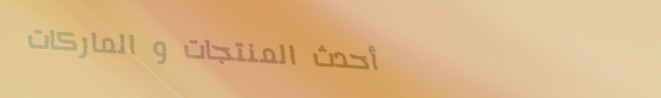
أحدث المنتجات و الماركات